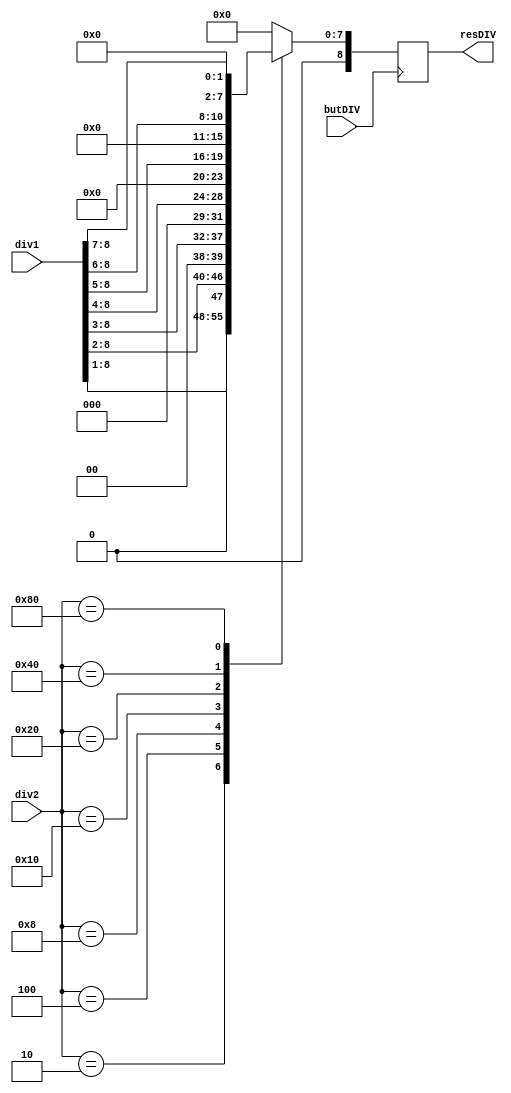
`timescale 1ns / 1ps
//////////////////////////////////////////////////////////////////////////////////
// Company: Caldeira & Silva Lda.
// 
// Design Name: 
// Module Name:    Division 
// Project Name: Calculadora Simples
// Target Devices: 
// Tool versions: 
// Description: Modulo que divide dois numeros. Sendo o dividendo um numero qualquer e o 
// e o divisor uma potencia de 2. E' uma divisao inteira que ignora o resto.
//
// Dependencies: 
//
// Revision: 
// Revision 0.01 - File Created
// Additional Comments: 
//
//////////////////////////////////////////////////////////////////////////////////
module Division(div1,div2,butDIV,resDIV);

	input [8:0] div1;			//dividendo
	input [8:0] div2;			//divisor
	input butDIV;				//botao de divisao
	output [8:0] resDIV;		//resultado da divisao
	
	reg [8:0] resDIV;

always @ (negedge butDIV)
begin

case (div2)

	9'b000000010:begin
					
						resDIV = div1 >>> 1;	//divisao por 2
					
					 end

	9'b000000100:begin
					
						resDIV = div1 >>> 2;	//divisao por 4
					
					 end

	9'b000001000:begin
					
						resDIV = div1 >>> 3;	//divisao por 8
					
					 end

	9'b000010000:begin
					
						resDIV = div1 >>> 4;	//divisao por 16
					
					 end

	9'b000100000:begin
					
						resDIV = div1 >>> 5;	//divisao por 32
					
					 end

	9'b001000000:begin
					
						resDIV = div1 >>> 6;	//divisao por 64
					
					 end

	9'b010000000:begin
					
						resDIV = div1 >>> 7;	//divisao por 128
					
					 end
	default:begin
					
						resDIV = 9'b000000000;	//divisao por outro numero qualquer
					
					 end	
	

endcase
end
endmodule